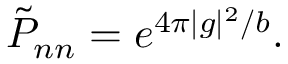
{ \tilde { P } } _ { n n } = e ^ { 4 \pi | g | ^ { 2 } / b } .